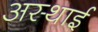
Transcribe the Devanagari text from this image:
अस्‍थाई